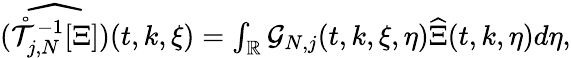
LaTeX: \begin{array}{r}{\widehat{(\mathring{\mathcal{T}}_{j,N}^{-1}[\Xi])}(t,k,\xi)=\int_{\mathbb{R}}\mathcal{G}_{N,j}(t,k,\xi,\eta)\widehat{\Xi}(t,k,\eta)d\eta,}\end{array}